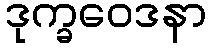
ဒုက္ခဝေဒနာ